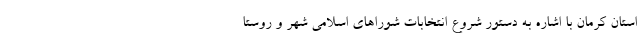
استان کرمان با اشاره به دستور شروع انتخابات شوراهای اسلامی شهر و روستا